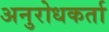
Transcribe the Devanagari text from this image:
अनुरोधकर्ता